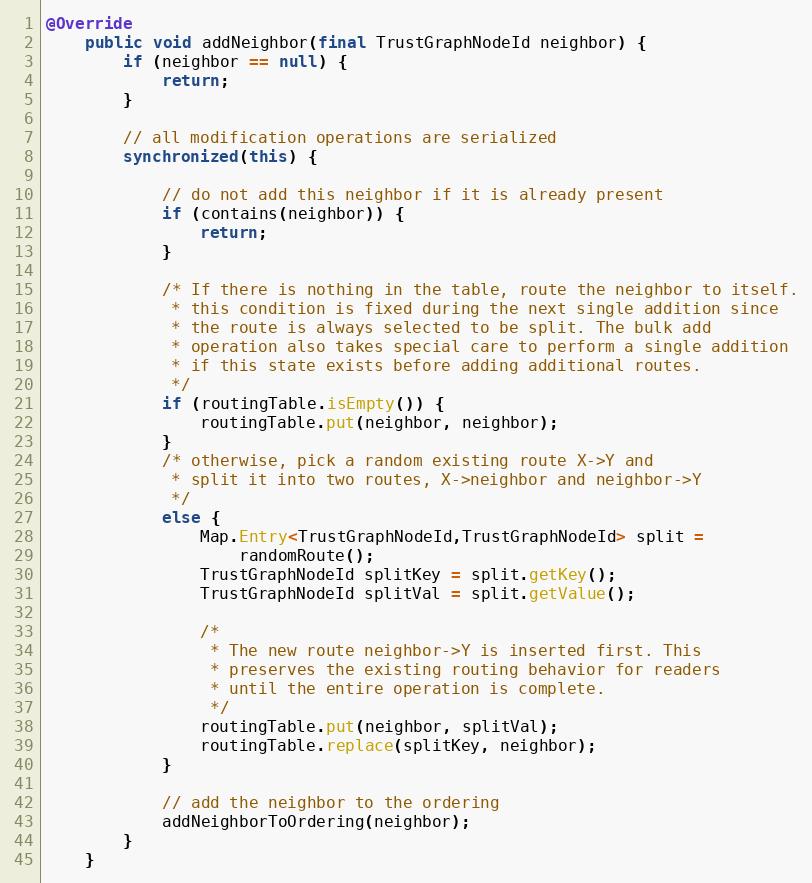
Language: Java
@Override
    public void addNeighbor(final TrustGraphNodeId neighbor) {
        if (neighbor == null) {
            return;
        }

        // all modification operations are serialized
        synchronized(this) {

            // do not add this neighbor if it is already present
            if (contains(neighbor)) {
                return;
            }

            /* If there is nothing in the table, route the neighbor to itself.
             * this condition is fixed during the next single addition since
             * the route is always selected to be split. The bulk add
             * operation also takes special care to perform a single addition
             * if this state exists before adding additional routes.
             */
            if (routingTable.isEmpty()) {
                routingTable.put(neighbor, neighbor);
            }
            /* otherwise, pick a random existing route X->Y and
             * split it into two routes, X->neighbor and neighbor->Y
             */
            else {
                Map.Entry<TrustGraphNodeId,TrustGraphNodeId> split =
                    randomRoute();
                TrustGraphNodeId splitKey = split.getKey();
                TrustGraphNodeId splitVal = split.getValue();

                /*
                 * The new route neighbor->Y is inserted first. This
                 * preserves the existing routing behavior for readers
                 * until the entire operation is complete.
                 */
                routingTable.put(neighbor, splitVal);
                routingTable.replace(splitKey, neighbor);
            }

            // add the neighbor to the ordering
            addNeighborToOrdering(neighbor);
        }
    }